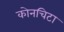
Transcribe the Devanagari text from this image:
कोनचिटा